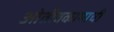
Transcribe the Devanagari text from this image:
ओतीवकामाची